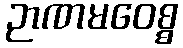
ဉာဏမဝေစ္စ